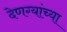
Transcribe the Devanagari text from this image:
देणग्यांच्या